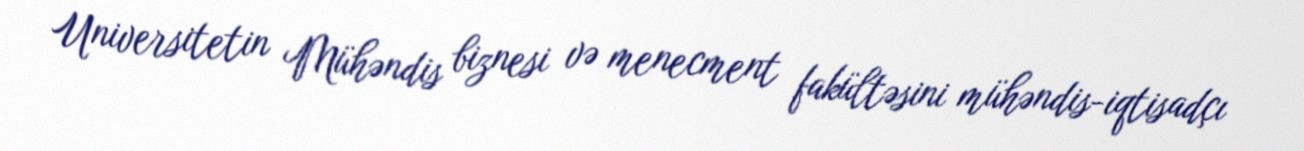
Universitetin Mühəndis biznesi və menecment fakültəsini mühəndis-iqtisadçı